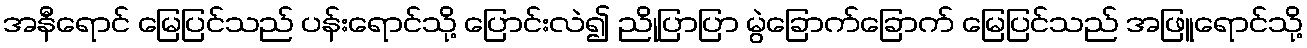
အနီရောင် မြေပြင်သည် ပန်းရောင်သို့ ပြောင်းလဲ၍ ညိုပြာပြာ မွဲခြောက်ခြောက် မြေပြင်သည် အဖြူရောင်သို့